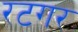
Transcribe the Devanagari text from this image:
रटगर